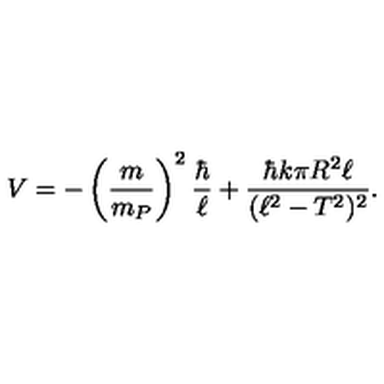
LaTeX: V = - \left( { \frac { m } { m _ { P } } } \right) ^ { 2 } { \frac { \hbar } { \ell } } + { \frac { \hbar k \pi R ^ { 2 } \ell } { ( \ell ^ { 2 } - T ^ { 2 } ) ^ { 2 } } } .